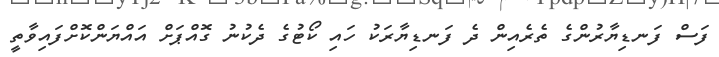
ފަސް ފަނޑިޔާރުންގެ ތެރެއިން ދެ ފަނޑިޔާރަކު ހައި ކޯޓުގެ ދެކުނު ގޮއްޕަށް އައްޔަންކޮށްފައިވާތީ